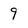
Character: 9